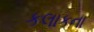
કલાકના